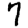
Digit: 7